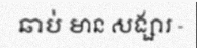
ឆាប់ មាន សង្សារ -